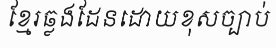
ខ្មែរឆ្លងដែនដោយខុសច្បាប់